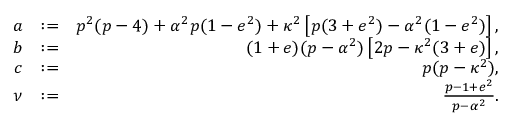
\begin{array} { r l r } { a } & { : = } & { p ^ { 2 } ( p - 4 ) + \alpha ^ { 2 } p ( 1 - e ^ { 2 } ) + \kappa ^ { 2 } \left[ p ( 3 + e ^ { 2 } ) - \alpha ^ { 2 } ( 1 - e ^ { 2 } ) \right] , } \\ { b } & { : = } & { ( 1 + e ) ( p - \alpha ^ { 2 } ) \left[ 2 p - \kappa ^ { 2 } ( 3 + e ) \right] , } \\ { c } & { : = } & { p ( p - \kappa ^ { 2 } ) , } \\ { \nu } & { : = } & { \frac { p - 1 + e ^ { 2 } } { p - \alpha ^ { 2 } } . } \end{array}